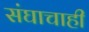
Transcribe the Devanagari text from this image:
संघाचाही